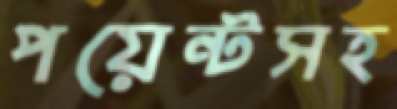
পয়েন্টসহ